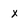
Character: x